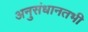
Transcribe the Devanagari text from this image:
अनुसंधानतभी